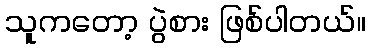
သူကတော့ ပွဲစား ဖြစ်ပါတယ်။